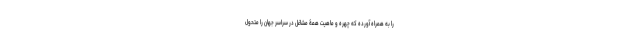
را به همراه آورده که چهره و ماهیت همۀ مشاغل در سراسر جهان را متحول